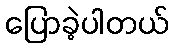
ပြောခဲ့ပါတယ်